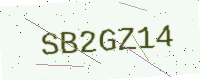
Text: SB2GZ14